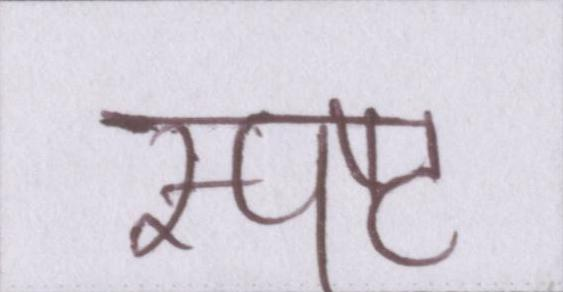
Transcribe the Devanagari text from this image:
स्पष्ट